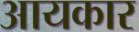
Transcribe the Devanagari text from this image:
आयकार